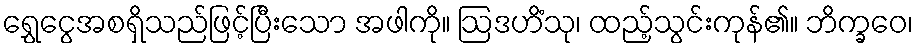
ရွှေငွေအစရှိသည်ဖြင့်ပြီးသော အဖါကို။ ဩဒဟိံသု၊ ထည့်သွင်းကုန်၏။ ဘိက္ခဝေ၊